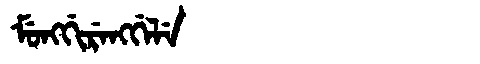
Manchu: ᠮᡠᠩᡤᡳᡵᡝᠩᡤᡝᠯᡝ
Romanization: MUNGGIRENGGELE